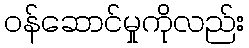
ဝန်ဆောင်မှုကိုလည်း